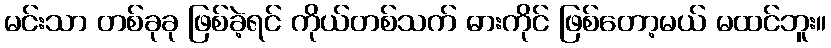
မင်းသာ တစ်ခုခု ဖြစ်ခဲ့ရင် ကိုယ်တစ်သက် ဓားကိုင် ဖြစ်တော့မယ် မထင်ဘူး။